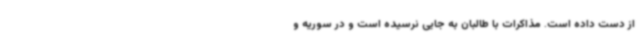
از دست داده است. مذاکرات با طالبان به جایی نرسیده است و در سوریه و